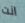
انت